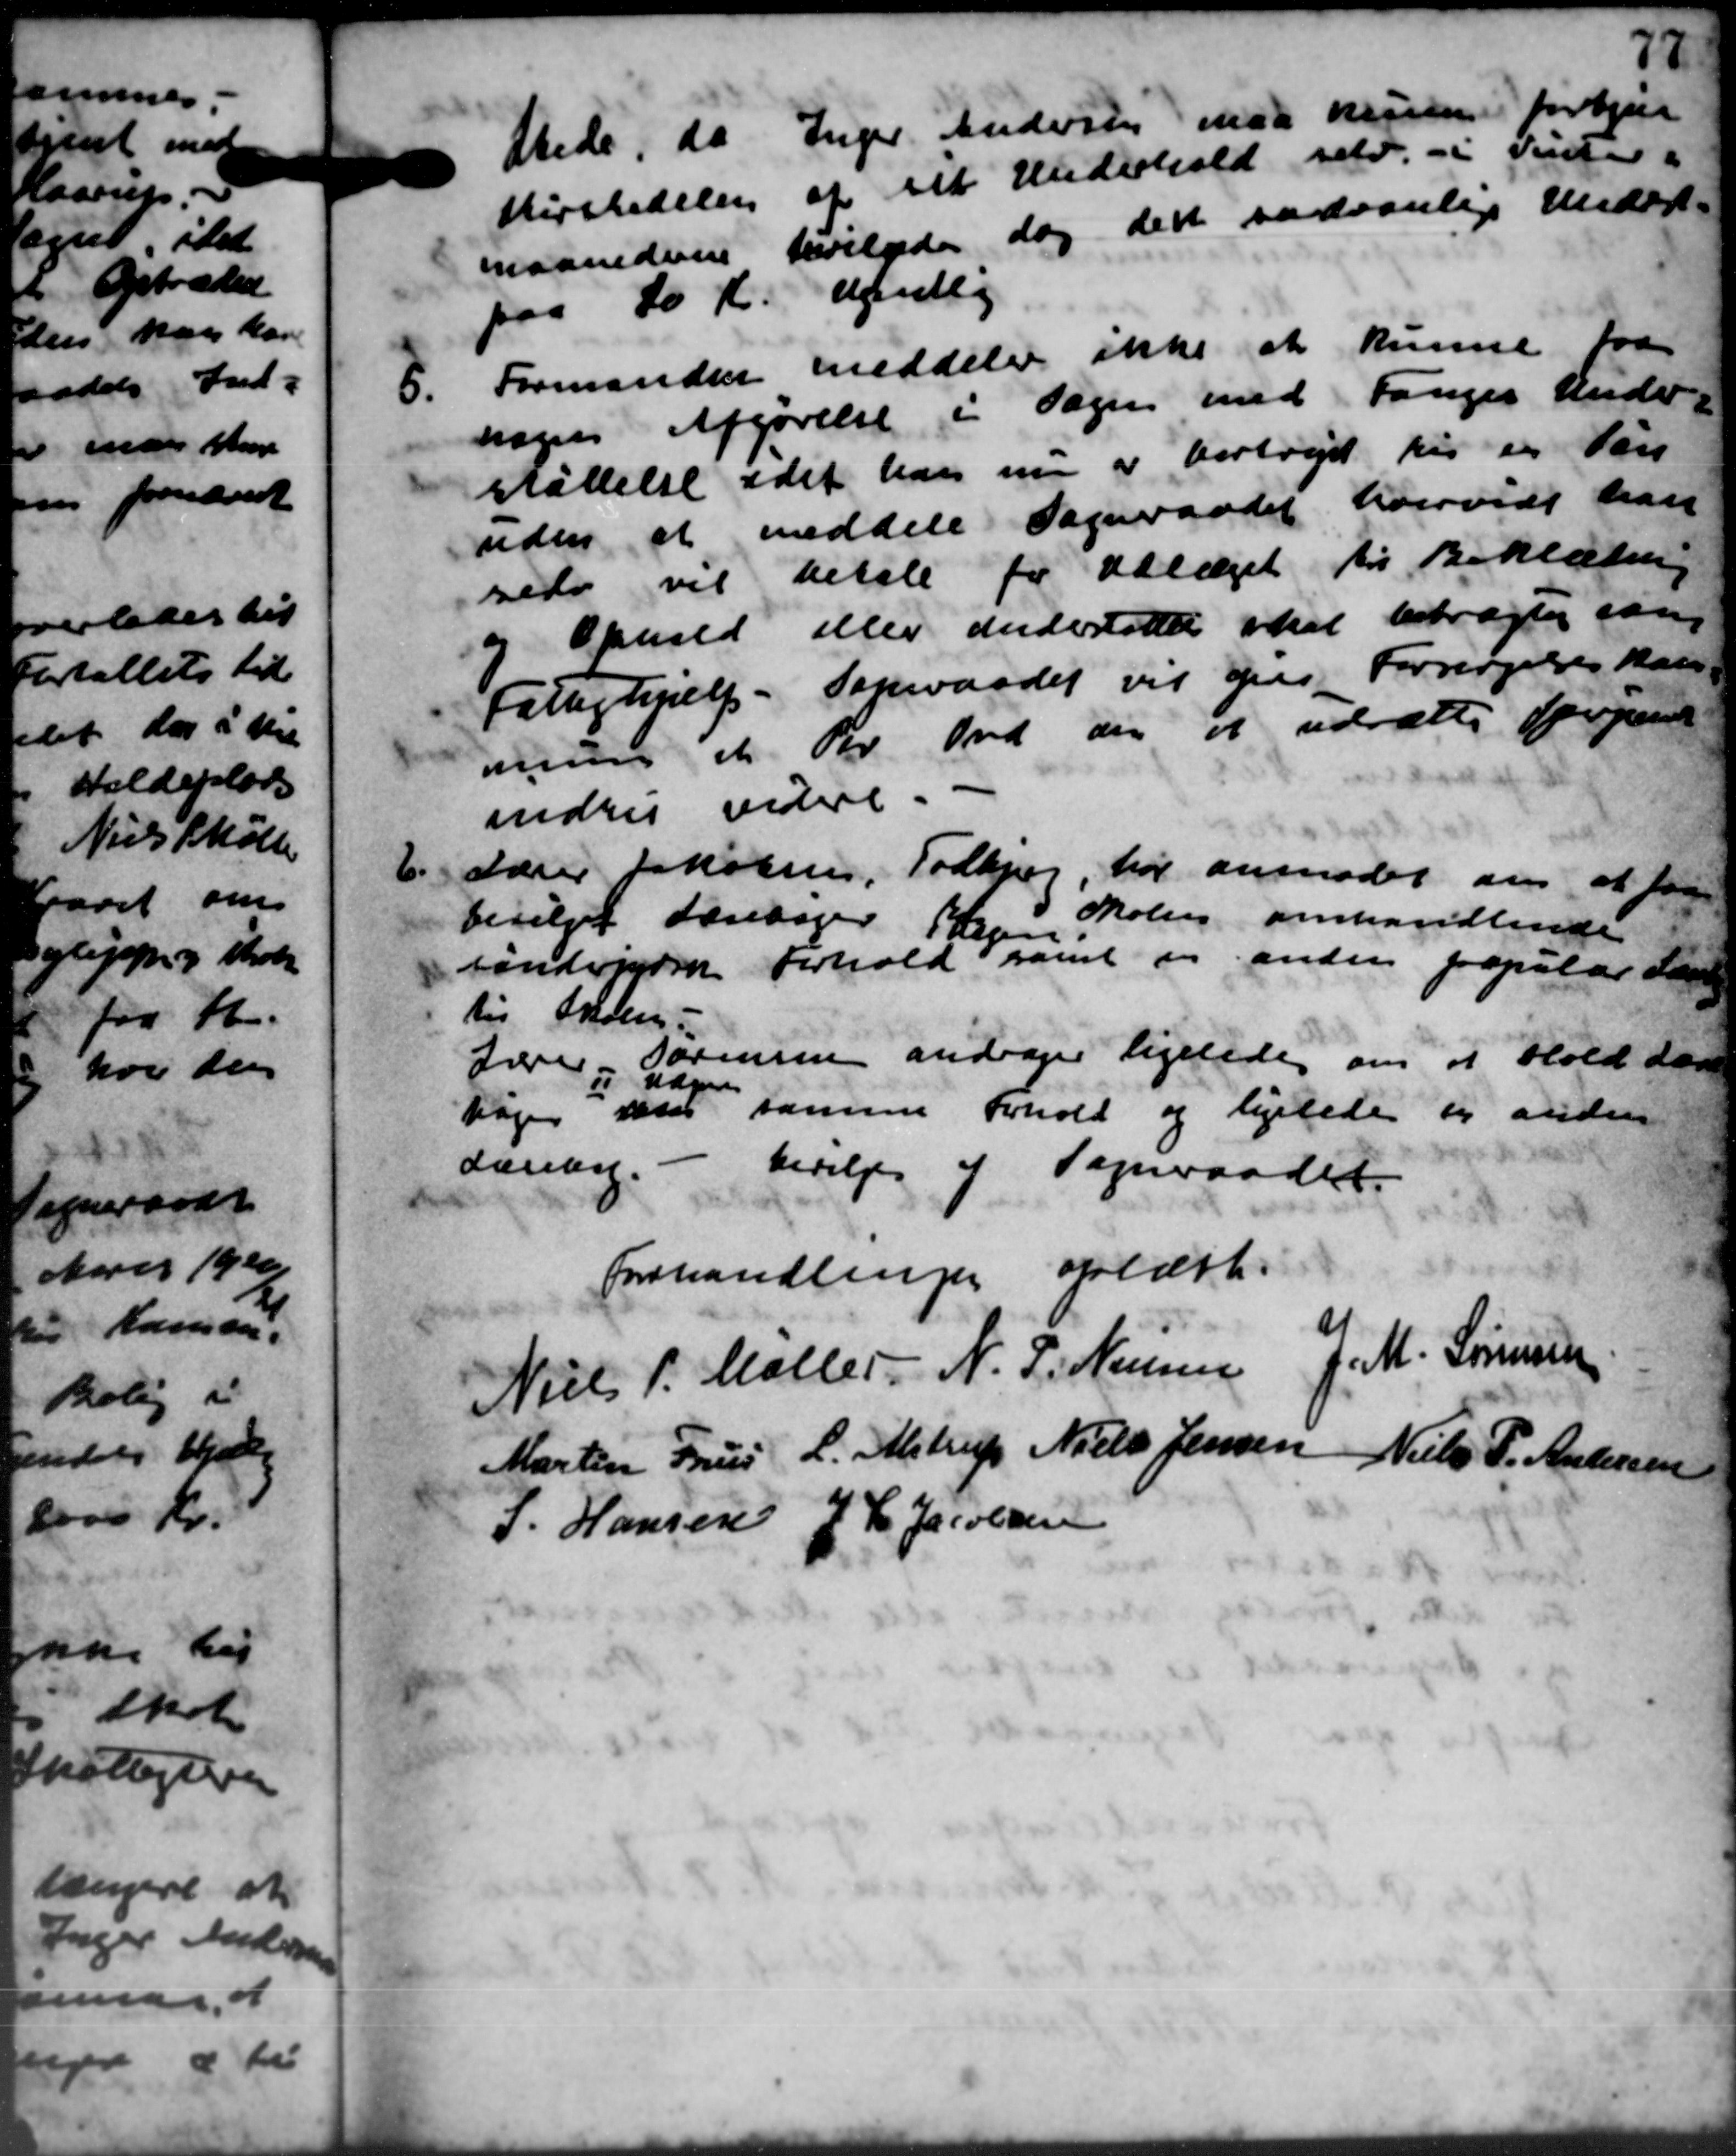
Transskription:
Stede, da Inger Andersen maa hun forbjer
Kirstedelse af sit Underhold selv. i Sideri
maanederne bevilgede dog det sædvanlige Unders-
paa 10 Kr. ugentlig
8.
Formanden meddeler ikke at  kunne fra
nogens Afgørelse i Sagen med Fanges Under-
støttelse idet han nu er bortreje his en Pen
uden at meddele Sogneraadet hvorvidt han
rede vil betale for Udlæget til Beklædning
og Ophold eller understøttet skal betragtes sam
Fattighjælp. Seneraadet vil pres Forsørgelses kass
maet For Ind den at udsætte forpa
indre videre.
6.
Lærer Jakobsen, Todbjerg, har anmoder om at faa
bevilget Torsdager Sagen Skolen omhandlende
røndvigere Forhold samt en anden popular Sam
til Inden.
tære i nogen sormene andrager ligeledes om at hold der
hagen ikke samme Forhold og ligeledes til anden
tære i nogen
daning. - bevilges af Sogneraadet.
Forhandlingen oplæst.
Niels P. Møller N. P. Nielsen J. M. Sørensen
Martin Friis L. Alstrup Niels Jensen Niels P. Andersen
P. Hansen J P Jacobsen